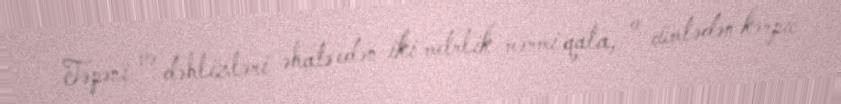
Təpəni və dəhlizləri əhatə edən iki metrlik mərmi qala, o cümlədən kərpic